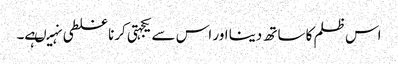
اس ظلم کا ساتھ دینا اور اس سے یکجہتی کرنا غلطی نہیںہے۔